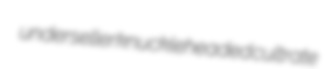
underseller knuckleheaded cultrate